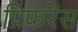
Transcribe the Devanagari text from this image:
प्रिफरेंस